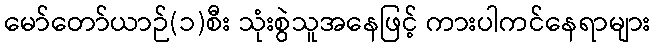
မော်တော်ယာဉ်(၁)စီး သုံးစွဲသူအနေဖြင့် ကားပါကင်နေရာများ